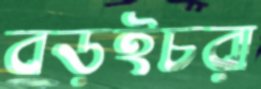
বড়ইচরা